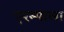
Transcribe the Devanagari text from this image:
एरम्पाला